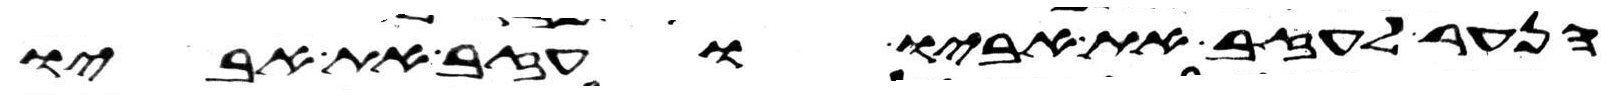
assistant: הנער לעזב את אביו ועזב את אביו